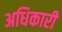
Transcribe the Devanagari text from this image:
अधिकारी